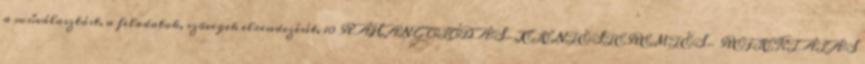
a műválasztást, a feladatok, szövegek elrendezését. 10 RÁHANGOLÓDÁS-JELENTÉSTEREMTÉS- REFLEKTÁLÁS